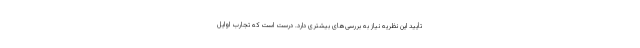
تأیید این نظریه نیاز به بررسی‌های بیشتری دارد. درست است که تجارب اوایل